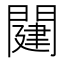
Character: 𨵭